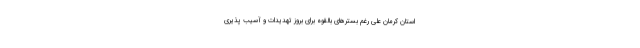
استان کرمان علی رغم بسترهای بالقوه برای بروز تهدیدات و آسیب پذیری